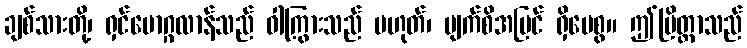
ချစ်သားတို့၊ ရှင်မောဂ္ဂလာန်သည် ဝါကြွားသည် မဟုတ်၊ မျက်စိအမြင် ရှိပေစွ။ ဤပြိတ္တာသည်